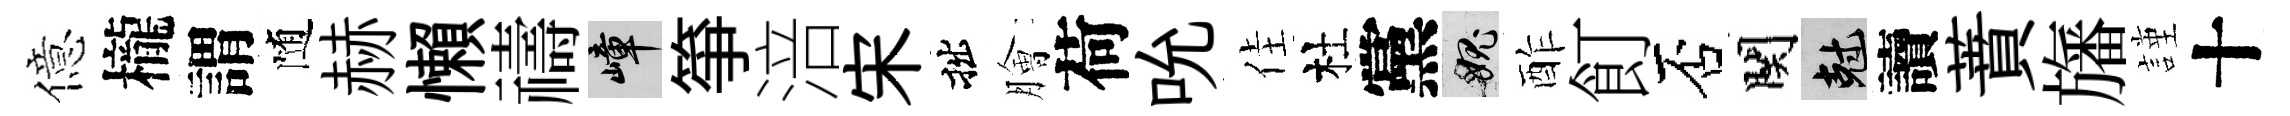
億櫳謂随赫懶禱嶂箏涪宋拙膾荷吮佳杜黨愧酢飣否関剋讀蕡旛謹十